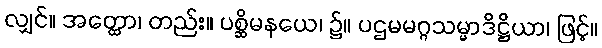
လျှင်။ အတ္ထော၊ တည်း။ ပစ္ဆိမနယေ၊ ၌။ ပဌမမဂ္ဂသမ္မာဒိဋ္ဌိယာ၊ ဖြင့်။